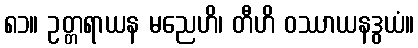
၈၁။ ဥတ္တရာယန မညေဟိ၊ တီဟိ ဝဿာယနဒွယံ။